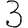
Digit: 3